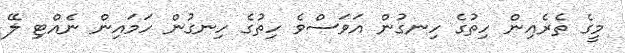
މީގެ ތެރެއިން ހިތުގެ ހިނގުން އަވަސްވެ ހިތުގެ ހިނގުން ހަމައިން ނެއްޓި ލޭ